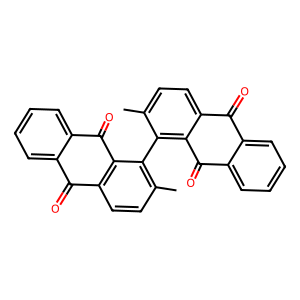
SMILES: Cc1ccc2c(c1-c1c(C)ccc3c1C(=O)c1ccccc1C3=O)C(=O)c1ccccc1C2=O
Inhibits HIV replication: No